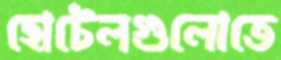
হোটেলগুলোতে